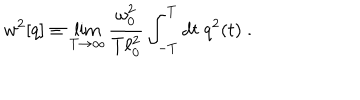
LaTeX: w ^ { 2 } [ q ] \equiv \lim _ { T \rightarrow \infty } { \frac { \omega _ { 0 } ^ { 2 } } { T \ell _ { 0 } ^ { 2 } } } \int _ { - T } ^ { T } d t \; q ^ { 2 } ( t ) \; .